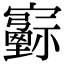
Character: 𡫻